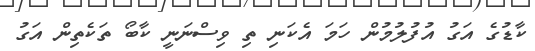
ކާޑުގެ އަގު އުފުލުމުން ހަމަ އެކަނި ތި ވިސްނަނީ ކާބޯ ތަކެތިން އަގު